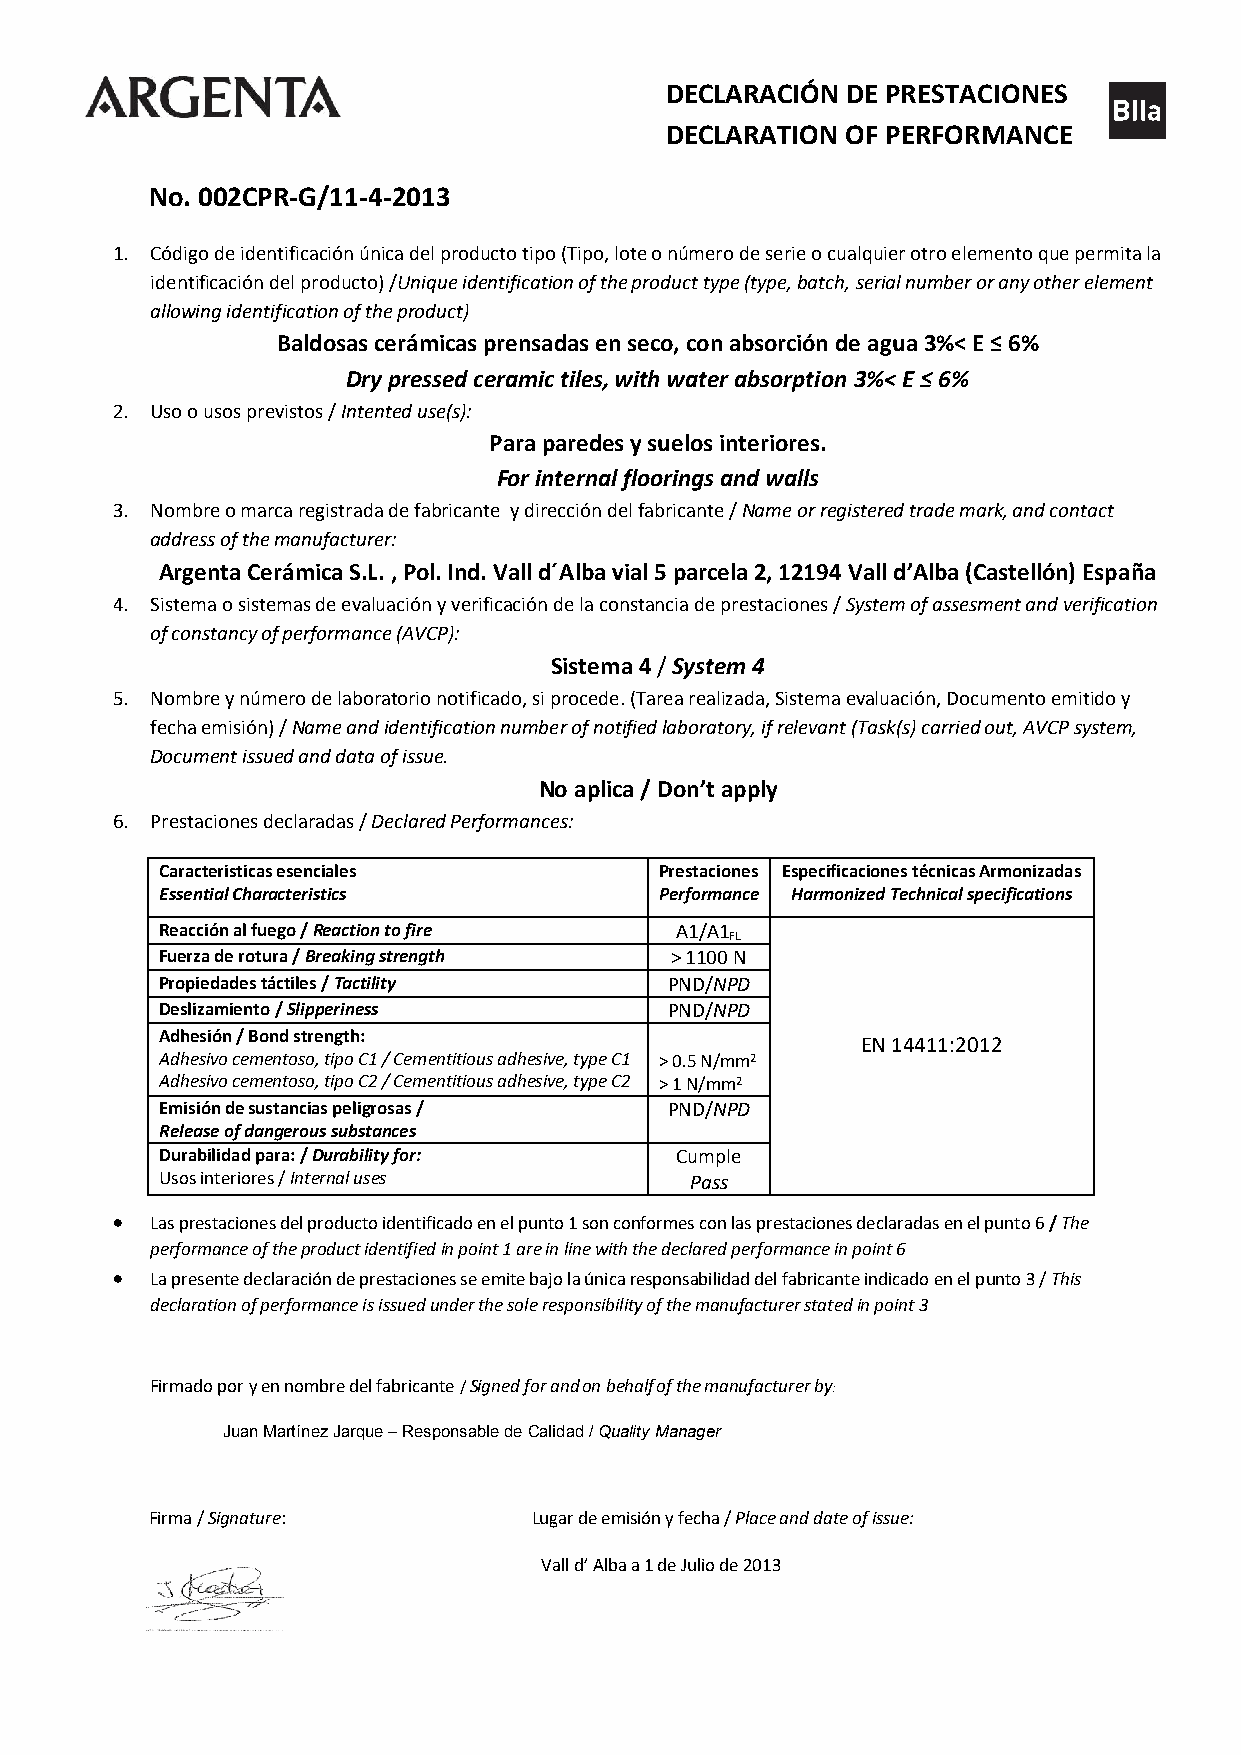
DECLARACIÓN DE PRESTACIONES
 DECLARATION OF PERFORMANCE
 No. 002CPR-G/11-4-2013
 1. Código de identificación única del producto tipo (Tipo, lote o número de serie o cualquier otro elemento que permita la
 identificación del producto) /Unique identification of the product type (type, batch, serial number or any other element
 allowing identification of the product)
 Baldosas cerámicas prensadas en seco, con absorción de agua 3%< E ≤ 6%
 Dry pressed ceramic tiles, with water absorption 3%< E ≤ 6%
 2. Uso o usos previstos / Intented use(s):
 Para paredes y suelos interiores.
 For internal floorings and walls
 3. Nombre o marca registrada de fabricante y dirección del fabricante / Name or registered trade mark, and contact
 address of the manufacturer:
 Argenta Cerámica S.L. , Pol. Ind. Vall d´Alba vial 5 parcela 2, 12194 Vall d’Alba (Castellón) España
 4. Sistema o sistemas de evaluación y verificación de la constancia de prestaciones / System of assesment and verification
 of constancy of performance (AVCP):
 Sistema 4 / System 4
 5. Nombre y número de laboratorio notificado, si procede. (Tarea realizada, Sistema evaluación, Documento emitido y
 fecha emisión) / Name and identification number of notified laboratory, if relevant (Task(s) carried out, AVCP system,
 Document issued and data of issue.
 No aplica / Don’t apply
 6. Prestaciones declaradas / Declared Performances:
 Caracteristicas esenciales       Prestaciones Especificaciones técnicas Armonizadas
 Essential Characteristics        Performance Harmonized Technical specifications
 Reacción al fuego / Reaction to fire A1/A1
 FL
 Fuerza de rotura / Breaking strength > 1100 N
 Propiedades táctiles / Tactility PND/NPD
 Deslizamiento / Slipperiness     PND/NPD
 Adhesión / Bond strength:
 EN 14411:2012
 Adhesivo cementoso, tipo C1 / Cementitious adhesive, type C1 > 0.5 N/mm2
 Adhesivo cementoso, tipo C2 / Cementitious adhesive, type C2 > 1 N/mm2
 Emisión de sustancias peligrosas / PND/NPD
 Release of dangerous substances
 Durabilidad para: / Durability for: Cumple
 Usos interiores / Internal uses    Pass
   Las prestaciones del producto identificado en el punto 1 son conformes con las prestaciones declaradas en el punto 6 / The
 performance of the product identified in point 1 are in line with the declared performance in point 6
   La presente declaración de prestaciones se emite bajo la única responsabilidad del fabricante indicado en el punto 3 / This
 declaration of performance is issued under the sole responsibility of the manufacturer stated in point 3
 Firmado por y en nombre del fabricante / Signed for and on behalf of the manufacturer by:
 Juan Martínez Jarque – Responsable de Calidad / Quality Manager
 Firma / Signature:       Lugar de emisión y fecha / Place and date of issue:
 Vall d’ Alba a 1 de Julio de 2013